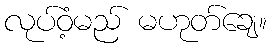
လုပ်ဝံ့မည် မဟုတ်ချေ။